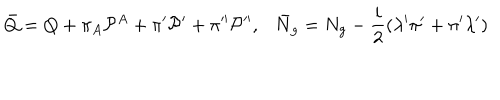
\bar { Q } = Q + \pi _ { A } { \cal P } ^ { A } + \pi ^ { \prime } { \cal P } ^ { \prime } + \pi ^ { \prime \prime } { \cal P } ^ { \prime \prime } , \bar { N } _ { g } = N _ { g } - { \frac { i } { 2 } } ( \lambda ^ { \prime } \pi ^ { \prime } + \pi ^ { \prime } \lambda ^ { \prime } )